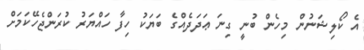
އެ ކޯލިޝަނުން މިހެން ބުނީ ގިނަ ޢަދަދެއްގެ ބަޔަކު ހިފާ ހައްޔަރު ކުރަންޖެހޭކަމަށް